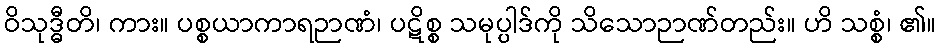
ဝိသုဒ္ဓီတိ၊ ကား။ ပစ္စယာကာရဉာဏံ၊ ပဋိစ္စ သမုပ္ပါဒ်ကို သိသောဉာဏ်တည်း။ ဟိ သစ္စံ၊ ၏။